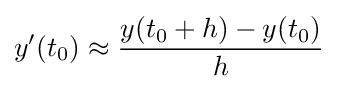
y'(t_{0})\approx {\frac {y(t_{0}+h)-y(t_{0})}{h}}